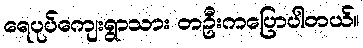
ရေပုပ်ကျေးရွာသား တဦးကပြောပါတယ်။